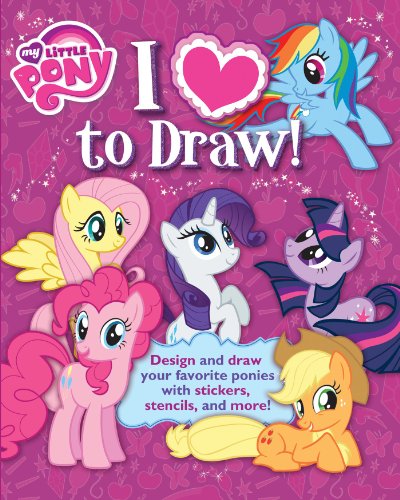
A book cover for My Little Pony: I Love to Draw!: How to create, collect, and share your favorite little pony! (Learn Drawing); Hasbro My Little Pony; Children's Books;